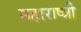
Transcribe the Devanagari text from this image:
महाराष्त्री